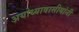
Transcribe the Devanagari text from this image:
अयोध्यावासीयांनी